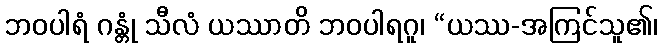
ဘဝပါရံ ဂန္တုံ သီလံ ယဿာတိ ဘဝပါရဂူ၊ “ယဿ-အကြင်သူ၏၊